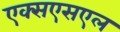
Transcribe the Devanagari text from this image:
एक्सएसएल